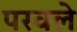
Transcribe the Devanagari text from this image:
परवले